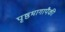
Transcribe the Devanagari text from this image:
पृष्ठभागापैकी